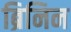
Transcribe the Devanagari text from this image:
ब्रिनिन